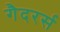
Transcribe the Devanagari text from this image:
गैदरर्स